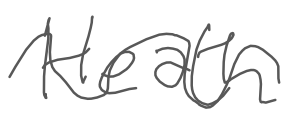
Text: Heath
Cross-out: mix
Writing tool: digital_gray